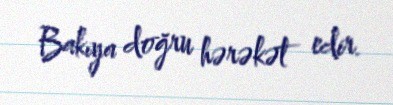
Bakıya doğru hərəkət edir.